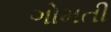
ગોમતી